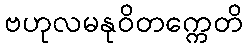
ဗဟုလမနုဝိတက္ကေတိ